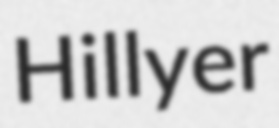
Hillyer